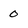
Character: 0